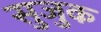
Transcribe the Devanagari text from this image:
सुजुक